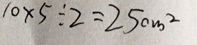
1 0 \times 5 \div 2 = 2 5 c m ^ { 2 }